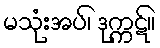
မသုံးအပ်၊ ဒုက္ကဋ်။